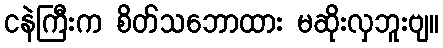
ငနဲကြီးက စိတ်သဘောထား မဆိုးလှဘူးဗျ။